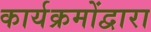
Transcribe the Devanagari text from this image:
कार्यक्रमोंद्वारा